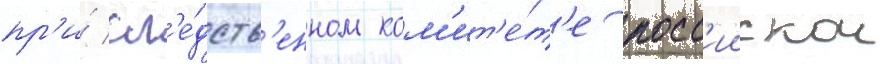
пр'и́ сл'е́дств'енном ком'ит'е́т'е росс'иискои